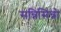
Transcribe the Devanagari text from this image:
सन्निसिन्नो